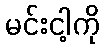
မင်းငါ့ကို